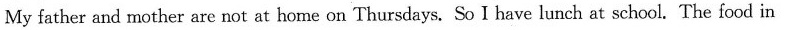
My father and mother are not at home on Thursdays.So I have lunch at school. The food in